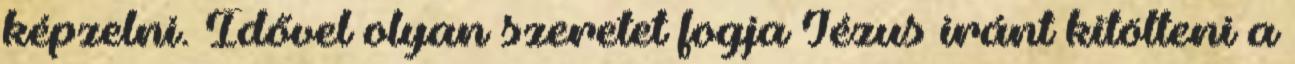
képzelni. Idővel olyan szeretet fogja Jézus iránt kitölteni a